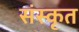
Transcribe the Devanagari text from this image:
संंस्कृृत